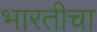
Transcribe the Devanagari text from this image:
भारतीचा